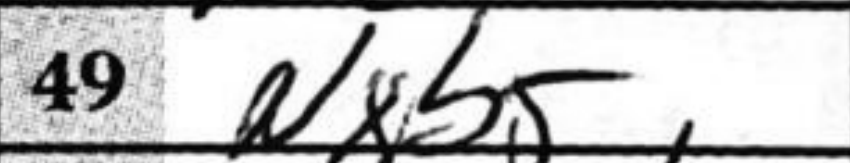
Transcription: Nxb5